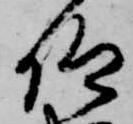
仰